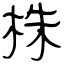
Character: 株